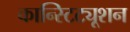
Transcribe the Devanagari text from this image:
कान्स्टिट्यूशन